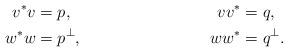
LaTeX: \begin{align*}v^*v &= p, & vv^* &= q,\\w^*w &= p^{\perp}, & ww^* &= q^{\perp}.\end{align*}